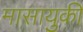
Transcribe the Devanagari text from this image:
मासायुकी